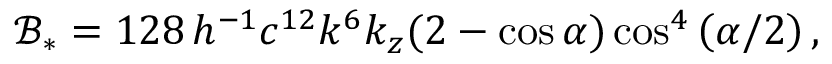
\mathcal { B } _ { * } = 1 2 8 \, h ^ { - 1 } c ^ { 1 2 } k ^ { 6 } k _ { z } ( 2 - \cos \alpha ) \cos ^ { 4 } \left( \alpha / 2 \right) ,